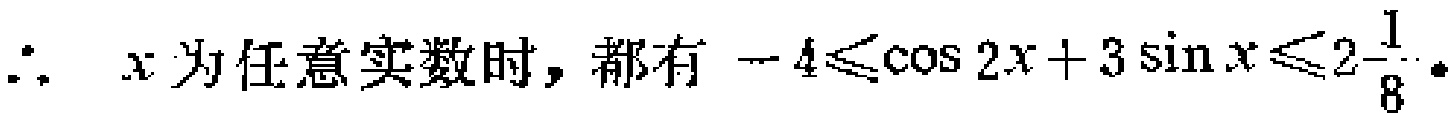
$\therefore\ x\text{ 为任意实数时，都有 }-4\leqslant\cos 2x + 3\sin x\leqslant2\frac{1}{8}.$